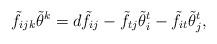
LaTeX: \begin{align*}\tilde{f}_{ijk}\tilde{\theta}^k = d \tilde{f}_{ij}-\tilde{f}_{tj}\tilde{\theta}^t_i-\tilde{f}_{it}\tilde{\theta}^t_j,\end{align*}